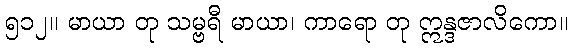
၅၁၂။ မာယာ တု သမ္ဗရီ မာယာ၊ ကာရော တု ဣန္ဒဇာလိကော။